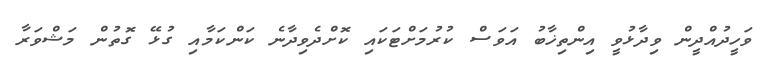
ވަހީދުއްދީން ވިދާޅުވީ އިންތިޚާބު އަވަސް ކުރުމަށްޓަކައި ކޮށްދެވިދާނެ ކަންކަމާއި ގުޅޭ ގޮތުން މަޝްވަރާ